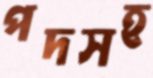
পদসহ